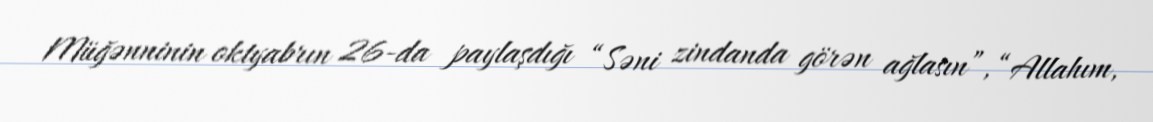
Müğənninin oktyabrın 26-da paylaşdığı “Səni zindanda görən ağlasın”, “Allahım,